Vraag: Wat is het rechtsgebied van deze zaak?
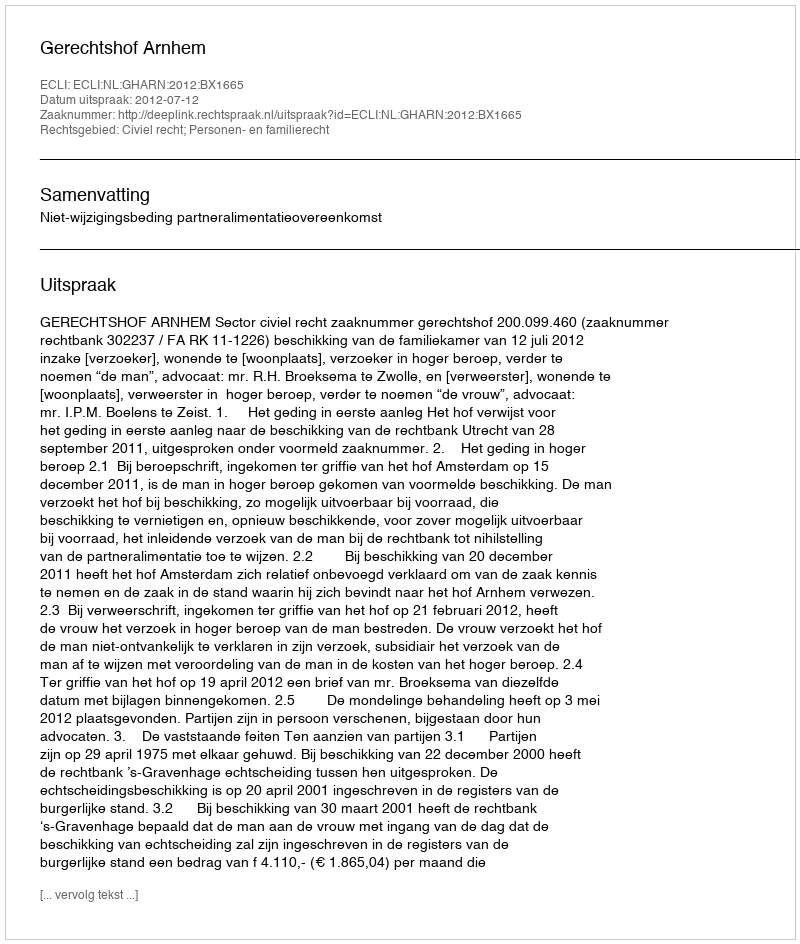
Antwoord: Civiel recht; Personen- en familierecht